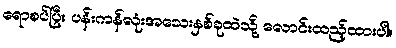
ရောစပ်ပြီး ပန်းကန်လုံးအသေးနှစ်ခုထဲသို့ လောင်းထည့်ထားပါ။